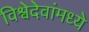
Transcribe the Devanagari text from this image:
विश्वेदेवांमध्ये